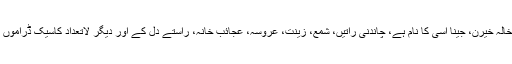
علاوہ ازیں دل دیا دہلیز، انوکھا بندھن، خالہ خیرن، جینا اسی کا نام ہے، چاندنی راتیں، شمع، زینت، عروسہ، عجائب خانہ، راستے دل کے اور دیگر لاتعداد کاسیک ڈراموں میں جلوہ گر ہونے کا موقع پر بھی ملا۔